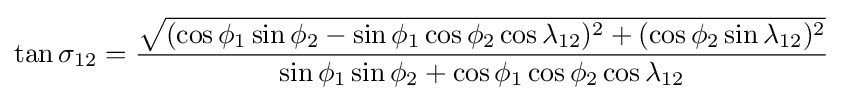
\tan \sigma _{12}={\frac {\sqrt {(\cos \phi _{1}\sin \phi _{2}-\sin \phi _{1}\cos \phi _{2}\cos \lambda _{12})^{2}+(\cos \phi _{2}\sin \lambda _{12})^{2}}}{\sin \phi _{1}\sin \phi _{2}+\cos \phi _{1}\cos \phi _{2}\cos \lambda _{12}}}